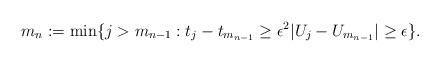
LaTeX: \begin{align*}m_n := \min \{j > m_{n-1} : t_j- t_{m_{n-1}} \geq \epsilon^2 |U_j - U_{m_{n-1}}|\geq \epsilon \}.\end{align*}